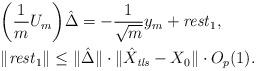
LaTeX: \begin{align*} \begin{aligned} & \biggl(\frac{1}{m}U_m\biggr)\hat{\Delta} = - \frac{1}{\sqrt{m}}y_m + \mathit{rest}_1,\\&\|\mathit{rest}_1\|\leq\|\hat{\Delta}\|\cdot\|\hat{X}_{\mathit{tls}} -X_0\|\cdot O_p(1). \end{aligned} \end{align*}